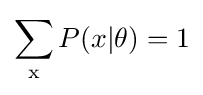
\sum _{\text{x}}P(x|\theta )=1